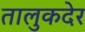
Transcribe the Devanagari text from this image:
तालुकदेर